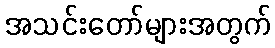
အသင်းတော်များအတွက်